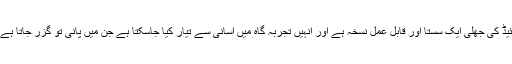
اس کے مقابلے میں گرافین آکسائیڈ کی جھلی ایک سستا اور قابلِ عمل نسخہ ہے اور انہیں تجربہ گاہ میں آسانی سے تیار کیا جاسکتا ہے جن میں پانی تو گزر جاتا ہے جبکہ نمکیات نہیں گزر سکتے۔